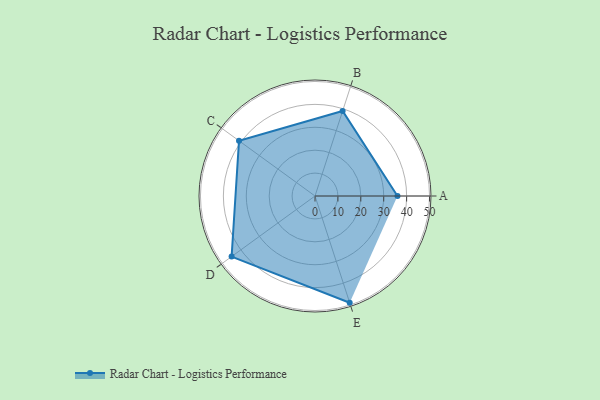
{"axis": {"x": "Skill", "y": "Score"}, "legend": ["Profile"], "data": [{"x": "A", "y": 36.0, "type": "Profile"}, {"x": "B", "y": 39.0, "type": "Profile"}, {"x": "C", "y": 41.0, "type": "Profile"}, {"x": "D", "y": 45.0, "type": "Profile"}, {"x": "E", "y": 49.0, "type": "Profile"}]}